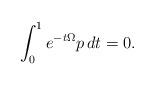
LaTeX: \begin{align*}\int_0^1 e^{-t\Omega} p \,dt =0.\end{align*}